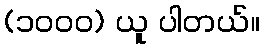
(၁၀၀၀) ယူ ပါတယ်။